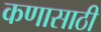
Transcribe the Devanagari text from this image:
कणासाठी